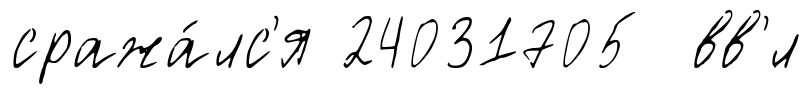
сража́лс'я 24031705 вв'́л